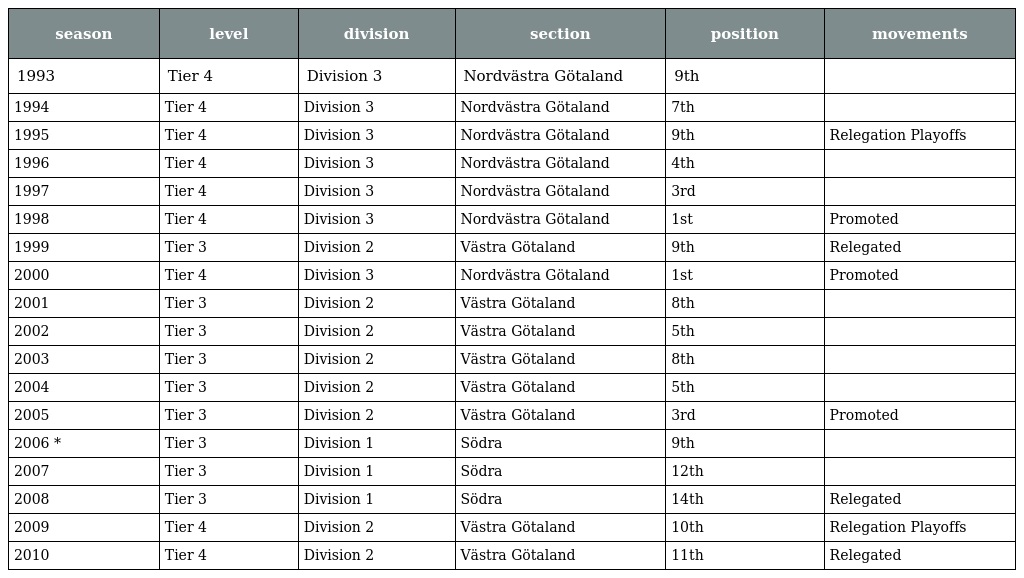
| season | level | division | section | position | movements |
 | --- | --- | --- | --- | --- | --- |
 | 1993 | Tier 4 | Division 3 | Nordvästra Götaland | 9th |  |
 | 1994 | Tier 4 | Division 3 | Nordvästra Götaland | 7th |  |
 | 1995 | Tier 4 | Division 3 | Nordvästra Götaland | 9th | Relegation Playoffs |
 | 1996 | Tier 4 | Division 3 | Nordvästra Götaland | 4th |  |
 | 1997 | Tier 4 | Division 3 | Nordvästra Götaland | 3rd |  |
 | 1998 | Tier 4 | Division 3 | Nordvästra Götaland | 1st | Promoted |
 | 1999 | Tier 3 | Division 2 | Västra Götaland | 9th | Relegated |
 | 2000 | Tier 4 | Division 3 | Nordvästra Götaland | 1st | Promoted |
 | 2001 | Tier 3 | Division 2 | Västra Götaland | 8th |  |
 | 2002 | Tier 3 | Division 2 | Västra Götaland | 5th |  |
 | 2003 | Tier 3 | Division 2 | Västra Götaland | 8th |  |
 | 2004 | Tier 3 | Division 2 | Västra Götaland | 5th |  |
 | 2005 | Tier 3 | Division 2 | Västra Götaland | 3rd | Promoted |
 | 2006 * | Tier 3 | Division 1 | Södra | 9th |  |
 | 2007 | Tier 3 | Division 1 | Södra | 12th |  |
 | 2008 | Tier 3 | Division 1 | Södra | 14th | Relegated |
 | 2009 | Tier 4 | Division 2 | Västra Götaland | 10th | Relegation Playoffs |
 | 2010 | Tier 4 | Division 2 | Västra Götaland | 11th | Relegated |